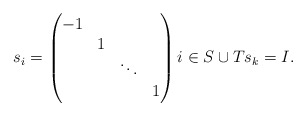
\begin{align*}s_{i} = \begin{pmatrix} -1 &&& \\ &1 && \\ && \ddots & \\ &&& 1 \end{pmatrix} i \in S \cup T s_{k} = I .\end{align*}